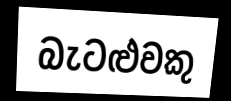
බැටළුවකු